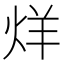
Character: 烊